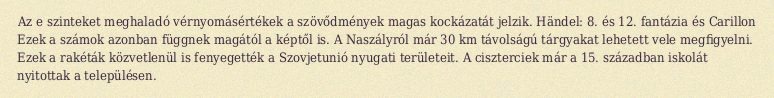
Az e szinteket meghaladó vérnyomásértékek a szövődmények magas kockázatát jelzik. Händel: 8. és 12. fantázia és Carillon Ezek a számok azonban függnek magától a képtől is. A Naszályról már 30 km távolságú tárgyakat lehetett vele megfigyelni. Ezek a rakéták közvetlenül is fenyegették a Szovjetunió nyugati területeit. A ciszterciek már a 15. században iskolát nyitottak a településen.